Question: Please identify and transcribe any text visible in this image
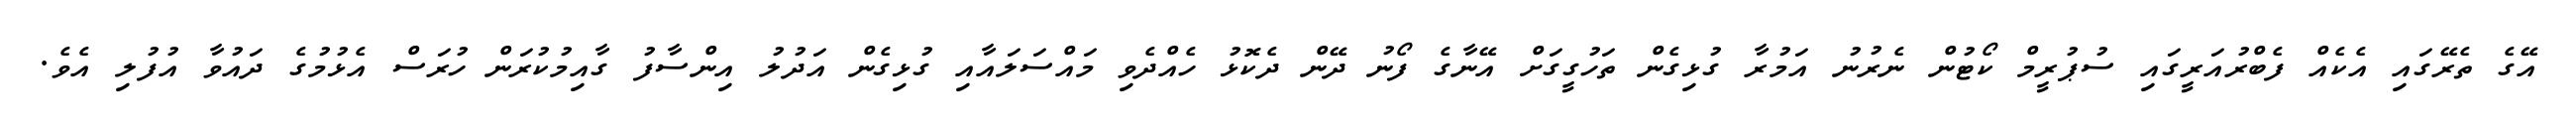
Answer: އޭގެ ތެރޭގައި އެކެއް ފެބްރުއަރީގައި ސުޕުރީމް ކޯޓުން ނެރުނު އަމުރާ ގުޅިގެން ތަހުގީގަށް އޭނާގެ ފޯނު ދޭން ދެކޮޅު ހެއްދެވި މައްސަލައާއި ގުޅިގެން އަދުލު އިންސާފު ގާއިމުކުރަން ހުރަސް އެޅުމުގެ ދައުވާ އުފުލި އެވެ.